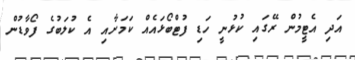
އަދި އެޓީމުން ރޭގައި ކުޅުނީ ހަޑި ފުޓްބޯޅައެއް ކަމަށާއި އެ ކުލަބުގެ ފޯވާޑުން